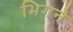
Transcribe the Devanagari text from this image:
भिगने